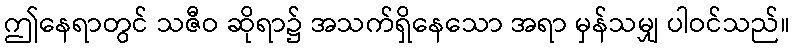
ဤနေရာတွင် သဇီဝ ဆိုရာ၌ အသက်ရှိနေသော အရာ မှန်သမျှ ပါဝင်သည်။